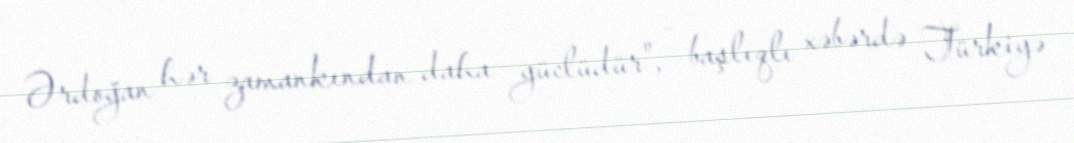
Ərdoğan hər zamankından daha güclüdür", - başlıqlı xəbərdə Türkiyə